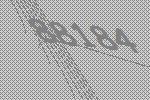
88184